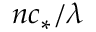
n c _ { * } / \lambda